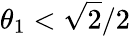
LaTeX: \theta_{1}<\sqrt{2}/2